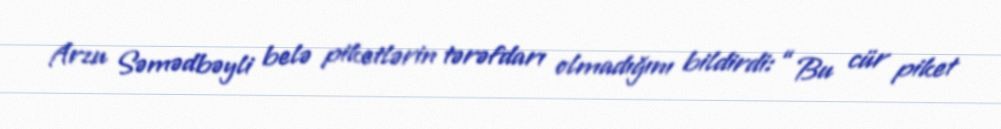
Arzu Səmədbəyli belə piketlərin tərəfdarı olmadığını bildirdi: “ Bu cür piket